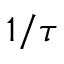
1 / \tau